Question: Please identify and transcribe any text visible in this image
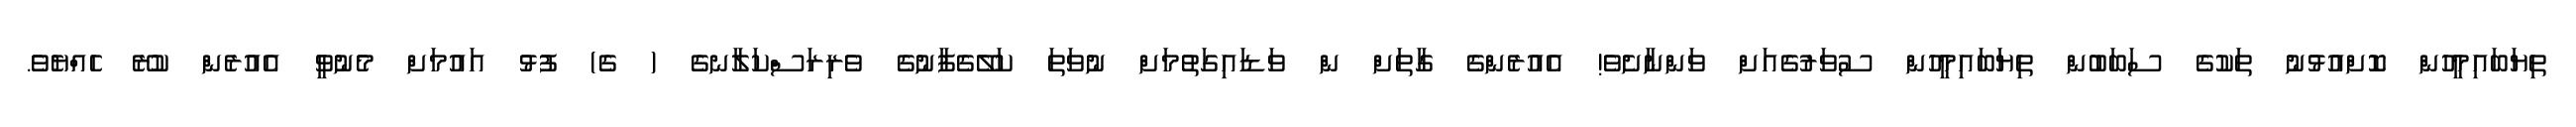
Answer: ތިޔަބައިމީހުން ކޮށްއުޅުނު ތަކުގެ ސަބަބުން ތިޔަބައިމީހުން ސުވަރުގެއަށް ވަންނާށެވެ! އެއުރެންގެ ގާތަށް ން ވަޑައިގަތުމަށް ނުވަތަ ކަލޭގެފާނުގެ ވެރިރަސްކަލާނގެ ( ގެ) ފުޅު އައުމަށް މެނުވީ އެއުރެން ކުރޭ ހެއްޔެވެ.